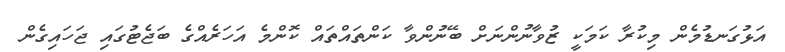
އަޅުގަނޑުމެން މިކުރާ ކަމަކީ ޒުވާނުންނަށް ބޭނުންވާ ކަންތައްތައް ކޮންމެ އަހަރެއްގެ ބަޖެޓުގައި ޖަހައިގެން